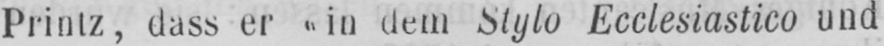
Printz, dass er «in dem Stylo Ecclesiastico und